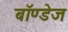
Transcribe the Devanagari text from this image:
बॉण्डेज